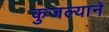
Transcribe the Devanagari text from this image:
कुजल्याने